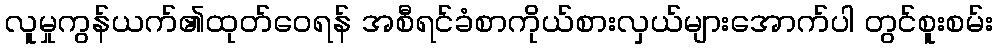
လူမှုကွန်ယက်၏ထုတ်ဝေရန် အစီရင်ခံစာကိုယ်စားလှယ်များအောက်ပါ တွင်စူးစမ်း